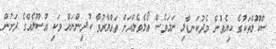
ސްކޫލްތަކުގެ ކިޔެވުން މެދުކަނޑާލި ނަމަވެސް އޯލެވެލްއަށް ތައްޔާރުވާ ކުދިންނަށް ވަކި އުސޫލެއްގެ ދަށުން